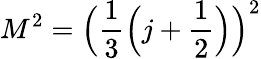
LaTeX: M^{2}={\Big(}{\frac{1}{3}}{\Big(}j+{\frac{1}{2}}{\Big)}{\Big)}^{2}